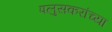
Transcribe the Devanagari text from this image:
पलुसकरांच्या